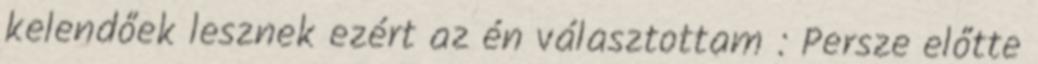
kelendőek lesznek ezért az én választottam : Persze előtte